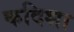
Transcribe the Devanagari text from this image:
कदिशा